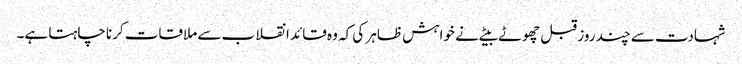
شہادت سے چند روز قبل چھوٹے بیٹے نے خواہش ظاہر کی کہ وہ قائد انقلاب سے ملاقات کرنا چاہتا ہے۔